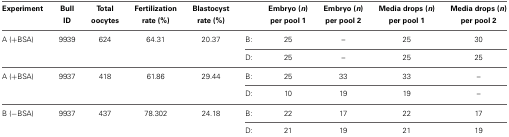
| Experiment | Bull ID | Total oocytes | Fertilization rate (%) | Blastocyst rate (%) |  | Embryo (n) per pool 1 | Embryo (n) per pool 2 | Media drops (n) per pool 1 | Media drops (n) per pool 2 |
 | --- | --- | --- | --- | --- | --- | --- | --- | --- | --- |
 | <ROWSPAN=2> A (+BSA) | <ROWSPAN=2> 9939 | <ROWSPAN=2> 624 | <ROWSPAN=2> 64.31 | <ROWSPAN=2> 20.37 | B: | 25 | – | 25 | 30 |
 | D: | 25 | – | 25 | 25 |
 | <ROWSPAN=2> A (+BSA) | <ROWSPAN=2> 9937 | <ROWSPAN=2> 418 | <ROWSPAN=2> 61.86 | <ROWSPAN=2> 29.44 | B: | 25 | 33 | 33 | – |
 | D: | 10 | 19 | 19 | – |
 | <ROWSPAN=2> B (−BSA) | <ROWSPAN=2> 9937 | <ROWSPAN=2> 437 | <ROWSPAN=2> 78.302 | <ROWSPAN=2> 24.18 | B: | 22 | 17 | 22 | 17 |
 | D: | 21 | 19 | 21 | 19 |